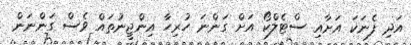
އަދި ފެނަކަ އަށާއި ސްޓެލްކޯ އަށް ގަންނަ ހުރިހާ އިންޖީނުތައް ވެސް ގަންނަން